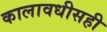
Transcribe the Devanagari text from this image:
कालावधीसही